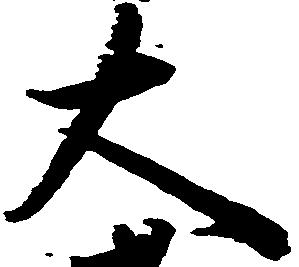
大